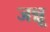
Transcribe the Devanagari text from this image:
जन्नू